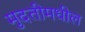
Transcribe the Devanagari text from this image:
मुदतीमधील